Juuru_vallavalitsus, lk 43
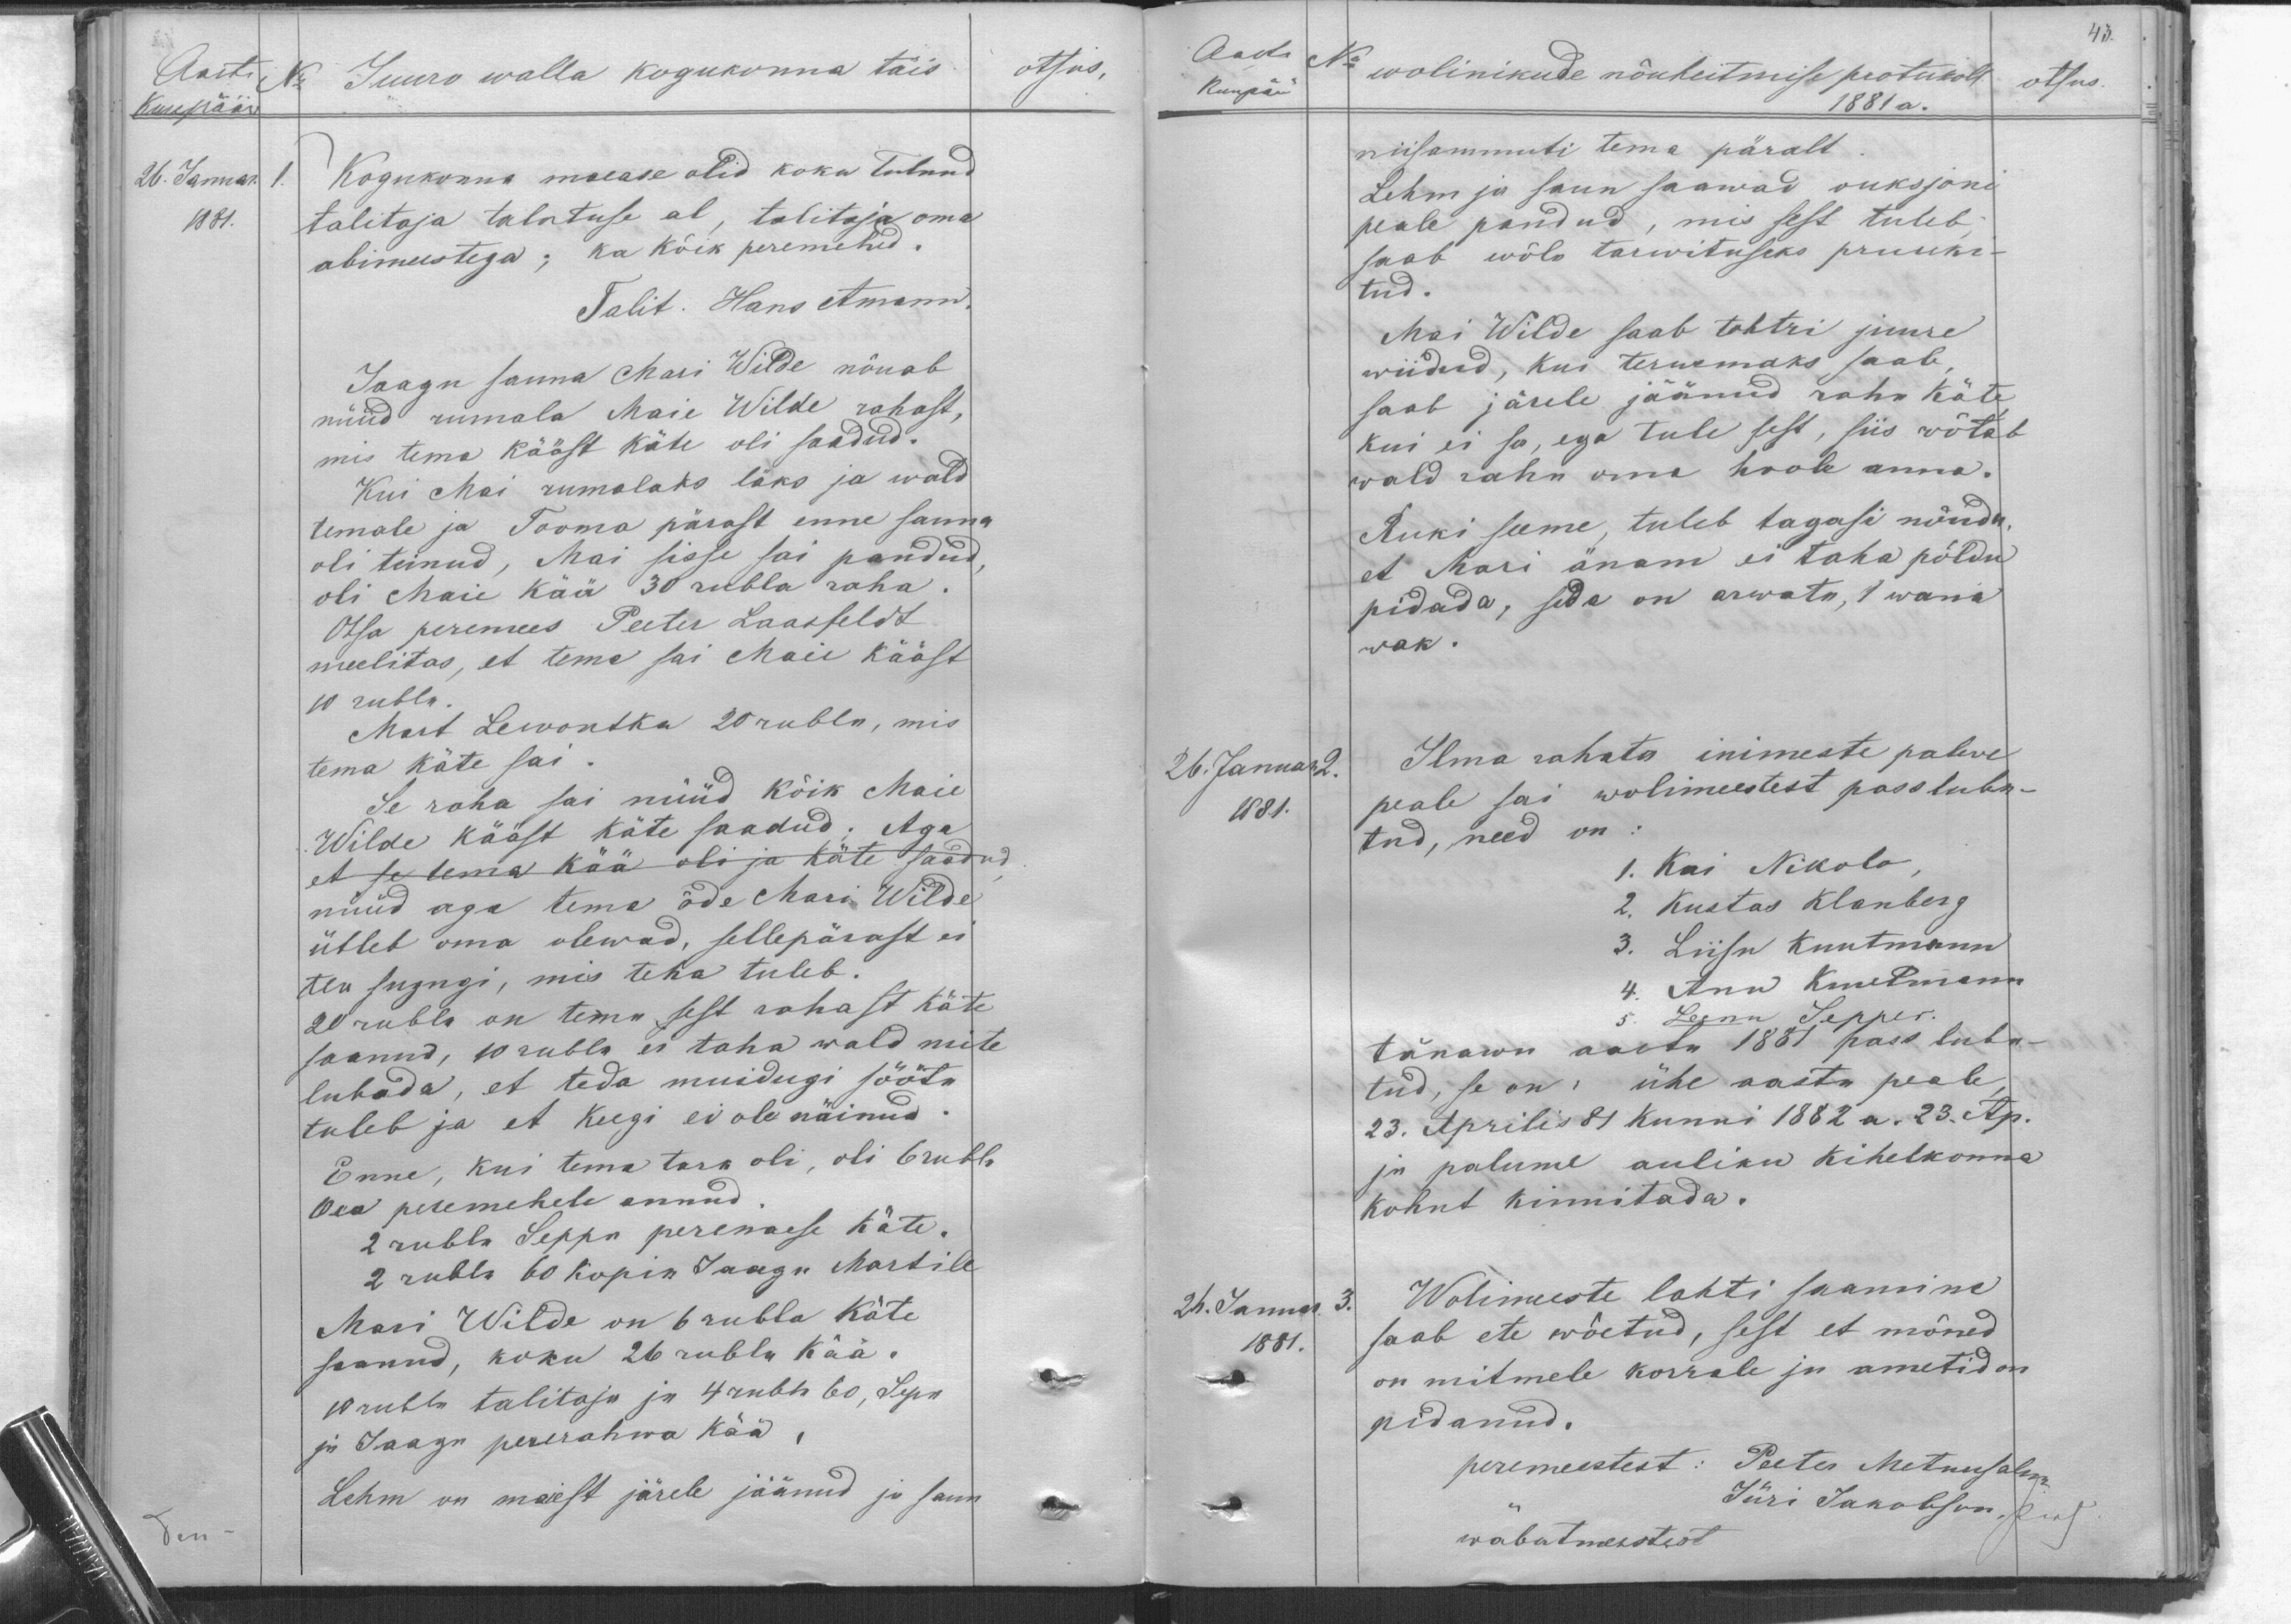
Aasta
Kuupääw
26. Jaanuar. 1.
1881.
Juuro walla kogukonna täis
otsus,
Kogukonna maease olid koku tulnud
talitaja talutuse al, talitaja oma
abimestega; ka kõik peremehed.
Talit. Hans Amann.
Jaagu sauna Mari Wide nõuab
nüüd rumala Maie Wilde rahast
mis tema kääst käte oli saadud.
Kui Mai rumalaks läks ja wald
temale ja Tooma pärast enne sauna
oli teinud, Mai sisse sai pandud,
oli Maie kää 30 rubla raha
Otsa peremees Peeter Laasfeldt
meelitas, et tema sai Maie kääst
10 rubla.
Mart Lewontka 20 rubla, mis
tema käte sai.
Se raha sai nüüd kõik Maie
Wilde kääst käte saadud; Aga
et se tema kää oli ja käte saadud
nüüd aga tema õde Mari Wilde
ütleb oma olewad, sellepärast ei
tea sugugi, mis teha tuleb.
20 rubla on tema sest rahast käte
saanud, 10 rubla ei taha wald mite
lubada, et teda muidugi sööta
tuleb ja et keegi ei ole näinud.
Enne, kui tema tark oli, oli 6 rubla
Osa peremehele annud
2 rubla Seppa perenaese käte.
2 rubla 60 kopik Saagu Martile
Mari Wilde on 6 rubla käte
saanud, koku 26 rubla kää.
10 rubla talitaja ja 4 rubla 60, Sepa
ja Jaago pererahwa kää
Lehm on maiest järele jäänud ja saun

43.
Aasta
Kuupäw
No
wolinikude nõuheitmise protukoll
otsus.
1881 a.
niisammuti tema päralt.
Lehm ja saun saawad oksjoni
peale pandud, mis sest tuleb
saab wõla tarwituseks pruuki-
tud.
Mai Wilde saab tohtri juure
wiidud, kui terwemaks saab,
saab järele jäänud raha käte
kui ei sa, ega tule sest, siis wõtab
wald raha oma hoole anna.
Ruki seeme, tuleb tagasi nõnda
et Mari änam ei taha põldu
pidada, seda on arwata, 1 wana
vak.
26. Januar 2.
1881.
Ilma rahata inimeste palwe
peale sai wolimeestest pass luba-
tud, need on:
1. Kai Nikolo
2. Kustas Klanberg
3. Liisu Kuutmann
4. Ann Kuutmann
5. Leenu Sepper
tänawu aastu 1881 pass luba-
tud, se on, ühe aasta peale
23. Aprilis 81 kunni 1882 a. 23. Ap.
ja palume auliku kihelkonna
kohut kinnitada.
26. Januar. 3.
1881.
Wolimeste lahti saamine
saab ete wõetud, sest et mõned
on mitmele korrale ju ametid on
pidanud.
peremeestest: Peeter Metsusalm
Jüri Jakobson,
wabatmakstest